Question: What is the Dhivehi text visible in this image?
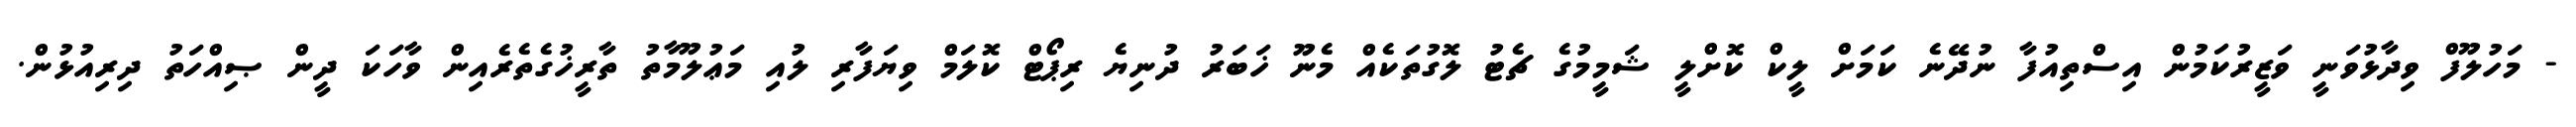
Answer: - މަހުލޫފް ވިދާޅުވަނީ ވަޒީރުކަމުން އިސްތިއުފާ ނުދޭނެ ކަމަށް ލީކް ކޮށްލީ ޝަމީމުގެ ޗެޓު ލޮގުތަކެއް މެނޫ ޚަބަރު ދުނިޔެ ރިޕޯޓް ކޮލަމް ވިޔަފާރި ލުއި މަޢުލޫމާތު ތާރީޚުގެތެރެއިން ވާހަކަ ދީން ޞިއްހަތު ދިރިއުޅުން.